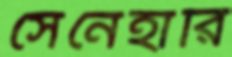
সেনেহারি